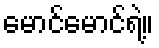
မောင်မောင်ရဲ့။